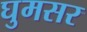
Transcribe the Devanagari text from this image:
घुमसर